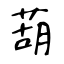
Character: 葫